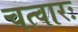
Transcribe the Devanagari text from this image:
चत्वारः